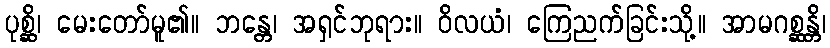
ပုစ္ဆိ၊ မေးတော်မူ၏။ ဘန္တေ၊ အရှင်ဘုရား။ ဝိလယံ၊ ကြေညက်ခြင်းသို့။ အာမဂစ္ဆန္တိ၊